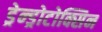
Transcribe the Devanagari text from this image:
ड्रेन्ड्रोटोक्सिन